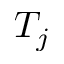
T _ { j }